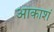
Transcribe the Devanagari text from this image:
आकाशं